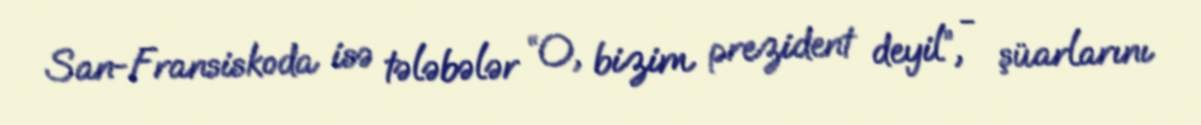
San-Fransiskoda isə tələbələr “O, bizim prezident deyil”, - şüarlarını